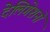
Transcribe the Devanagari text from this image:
देलिगेशनों